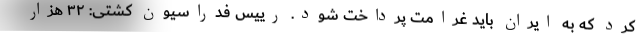
کرد که به ایران باید غرامت پرداخت شود. رییس فدراسیون کشتی: ۳۲ هزار